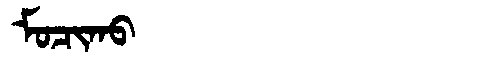
Manchu: ᠮᠣᠴᡳᡴᠣ
Romanization: MOCIKO